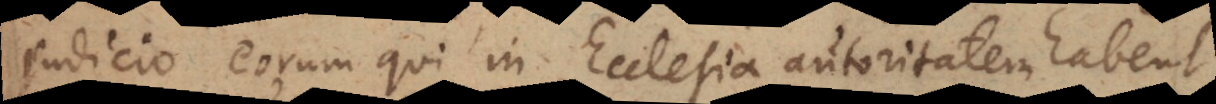
judicio eorum qui in Ecclesia autoritatem habent